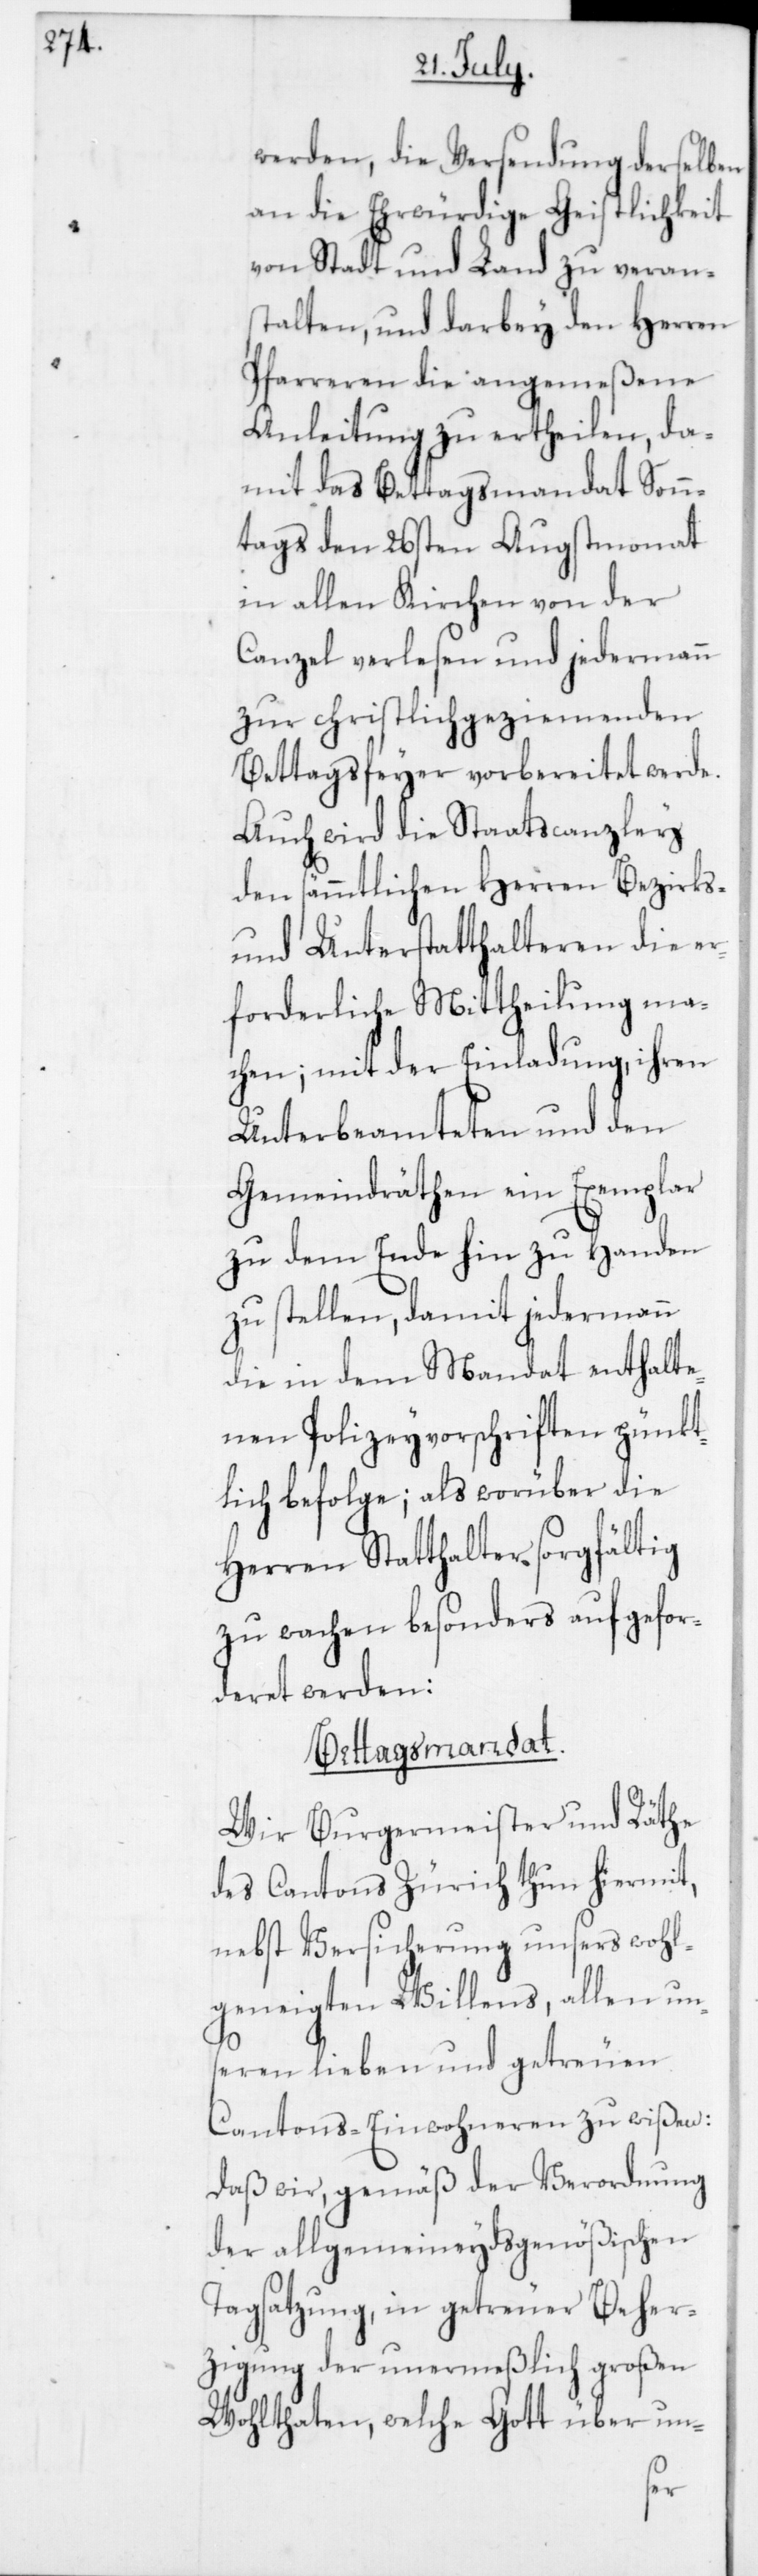
werden, die Versendung derselben
an die Ehrwürdige Geistlichkeit
von Stadt und Land zu verans¬
talten, und darbey den Herren
Pfarreren die angemeßene
Anleitung zu ertheilen, da¬
mit das Bettagsmandat Sonn¬
tags den 26sten Augstmonat
in allen Kirchen von der
Canzel verlesen und jedermann
zur christlich geziemenden
Bettagsfeyer vorbereitet werde.
Auch wird die Staatscanzley
den sämmtlichen Herren Bezirks-
und Unterstatthalteren die er¬
forderliche Mittheilung ma¬
chen; mit der Einladung, ihren
Unterbeamteten und den
Gemeindräthen ein Exemplar
zu dem Ende hin zu Handen
zu stellen, damit jedermann
die in dem Mandat enthalte¬
nen Polizeyvorschriften pünkt¬
lich befolge; als worüber die
Herren Statthalter sorgfältig
zu wachen besonders aufgefor¬
deret werden.
Bettagsmandat.
Wir Burgermeister und Räthe
des Cantons Zürich thun hiermit,
nebst Versicherung unsers wohl¬
geneigten Willens, allen un¬
seren lieben und getreuen
Cantons-Einwohneren zu wißen,
daß wir gemäß der Verordnung
der allgemeineydsgenößischen
Tagsatzung, in getreuer Beher¬
zigung der unermeßlich großen
Wohlthaten, welche Gott über un-